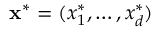
\mathbf { x } ^ { * } = ( x _ { 1 } ^ { * } , \ldots , x _ { d } ^ { * } )